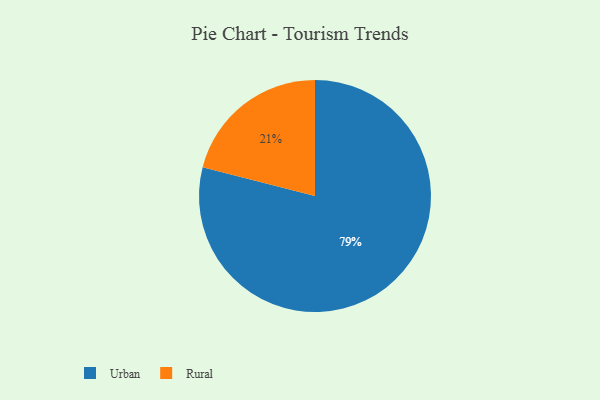
{"axis": {"x": "Category", "y": "Percentage"}, "legend": ["Rural", "Urban"], "data": [{"x": "Urban", "y": 79, "type": "Urban"}, {"x": "Rural", "y": 21, "type": "Rural"}]}